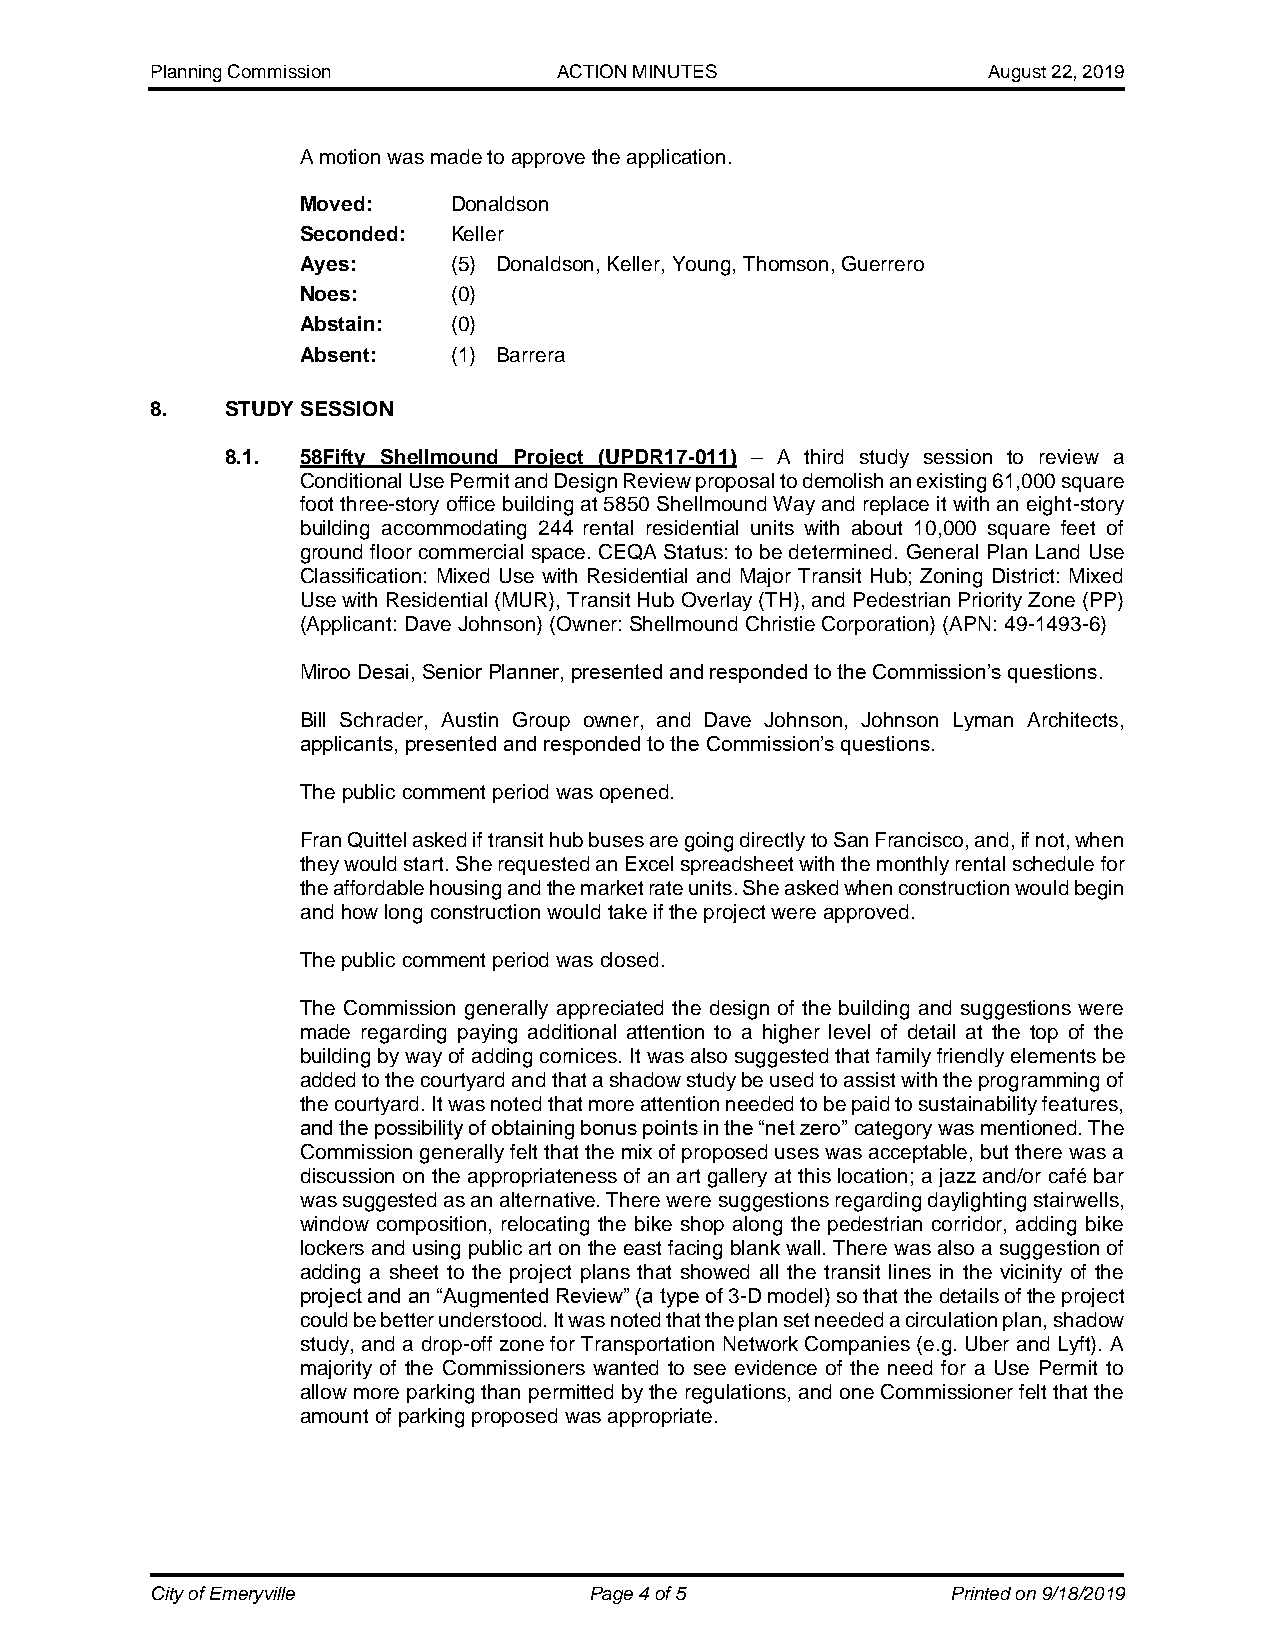
Planning Commission        ACTION MINUTES              August 22, 2019
 A motion was made to approve the application.
 Moved:    Donaldson
 Seconded: Keller
 Ayes:     (5) Donaldson, Keller, Young, Thomson, Guerrero
 Noes:     (0)
 Abstain:  (0)
 Absent:   (1) Barrera
 8.   STUDY SESSION
 8.1. 58Fifty Shellmound Project (UPDR17-011) – A third study session to review a
 Conditional Use Permit and Design Review proposal to demolish an existing 61,000 square
 foot three-story office building at 5850 Shellmound Way and replace it with an eight-story
 building accommodating 244 rental residential units with about 10,000 square feet of
 ground floor commercial space. CEQA Status: to be determined. General Plan Land Use
 Classification: Mixed Use with Residential and Major Transit Hub; Zoning District: Mixed
 Use with Residential (MUR), Transit Hub Overlay (TH), and Pedestrian Priority Zone (PP)
 (Applicant: Dave Johnson) (Owner: Shellmound Christie Corporation) (APN: 49-1493-6)
 Miroo Desai, Senior Planner, presented and responded to the Commission’s questions.
 Bill Schrader, Austin Group owner, and Dave Johnson, Johnson Lyman Architects,
 applicants, presented and responded to the Commission’s questions.
 The public comment period was opened.
 Fran Quittel asked if transit hub buses are going directly to San Francisco, and, if not, when
 they would start. She requested an Excel spreadsheet with the monthly rental schedule for
 the affordable housing and the market rate units. She asked when construction would begin
 and how long construction would take if the project were approved.
 The public comment period was closed.
 The Commission generally appreciated the design of the building and suggestions were
 made regarding paying additional attention to a higher level of detail at the top of the
 building by way of adding cornices. It was also suggested that family friendly elements be
 added to the courtyard and that a shadow study be used to assist with the programming of
 the courtyard. It was noted that more attention needed to be paid to sustainability features,
 and the possibility of obtaining bonus points in the “net zero” category was mentioned. The
 Commission generally felt that the mix of proposed uses was acceptable, but there was a
 discussion on the appropriateness of an art gallery at this location; a jazz and/or café bar
 was suggested as an alternative. There were suggestions regarding daylighting stairwells,
 window composition, relocating the bike shop along the pedestrian corridor, adding bike
 lockers and using public art on the east facing blank wall. There was also a suggestion of
 adding a sheet to the project plans that showed all the transit lines in the vicinity of the
 project and an “Augmented Review” (a type of 3-D model) so that the details of the project
 could be better understood. It was noted that the plan set needed a circulation plan, shadow
 study, and a drop-off zone for Transportation Network Companies (e.g. Uber and Lyft). A
 majority of the Commissioners wanted to see evidence of the need for a Use Permit to
 allow more parking than permitted by the regulations, and one Commissioner felt that the
 amount of parking proposed was appropriate.
 City of Emeryville           Page 4 of 5             Printed on 9/18/2019